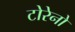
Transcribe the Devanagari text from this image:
टोरेनो